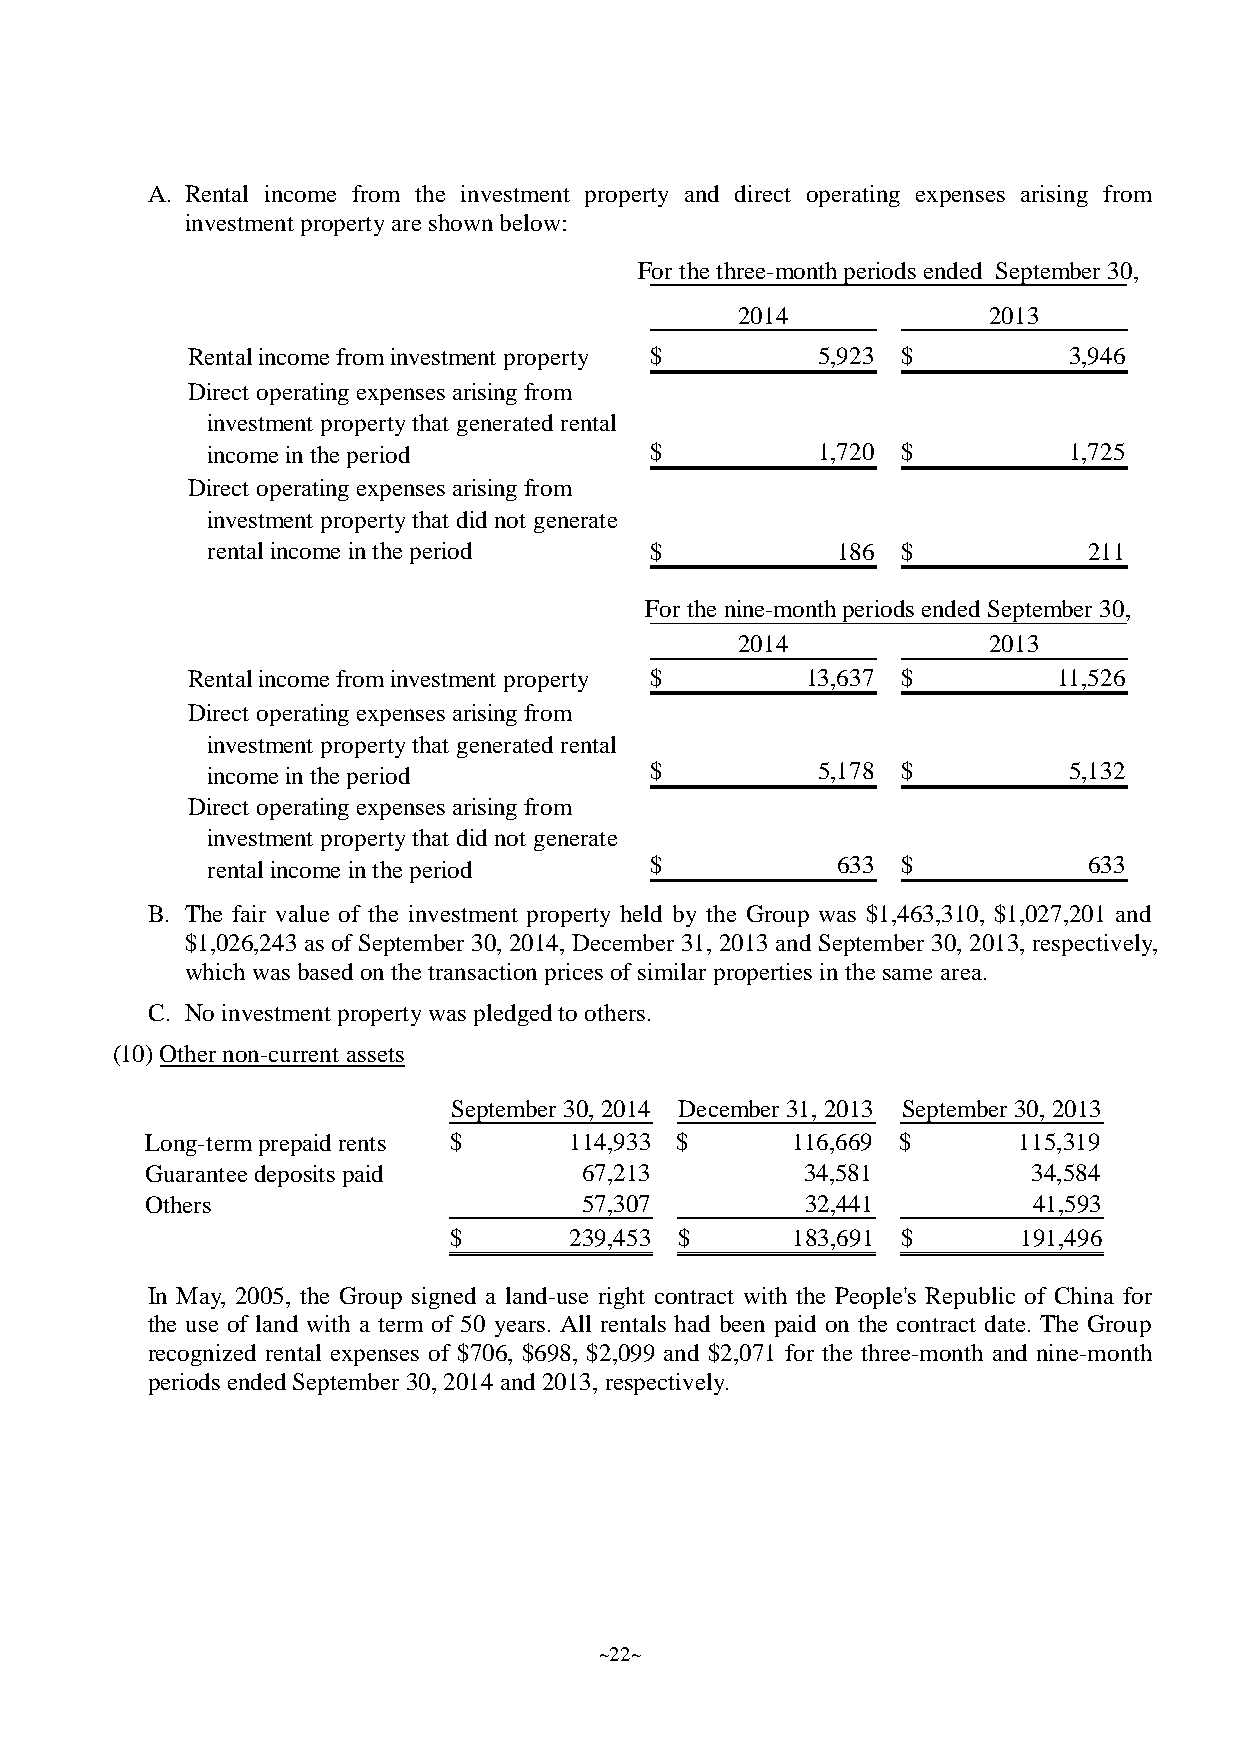
A. Rental income from the investment property and direct operating expenses arising from
 investment propertyareshownbelow:
 For the three-monthperiods ended September 30,
 2014            2013
 Rentalincome frominvestment property $    5,923 $          3,946
 Direct operating expenses arising from
 investment propertythat generated rental
 income inthe period          $          1,720 $          1,725
 Direct operating expenses arising from
 investment propertythat did not generate
 rentalincome inthe period    $           186  $           211
 For the nine-monthperiods ended September 30,
 2014            2013
 Rentalincome frominvestment property $   13,637 $         11,526
 Direct operating expenses arising from
 investment propertythat generated rental
 income inthe period          $          5,178 $          5,132
 Direct operating expenses arising from
 investment propertythat did not generate
 rentalincome inthe period    $           633  $           633
 B. The fair value of the investment property held by the Group was $1,463,310, $1,027,201 and
 $1,026,243 as of September 30, 2014, December 31, 2013 and September 30, 2013, respectively,
 whichwas basedonthetransactionprices ofsimilarproperties inthesame area.
 C. Noinvestment propertywas pledgedtoothers.
 (10)Othernon-current assets
 September 30, 2014 December 31, 2013 September 30, 2013
 Long-termprepaid rents $    114,933 $     116,669 $      115,319
 Guarantee depositspaid       67,213        34,581         34,584
 Others                       57,307        32,441         41,593
 $       239,453 $     183,691 $       191,496
 In May, 2005, the Group signed a land-use right contract with the People's Republic of China for
 the use of land with a term of 50 years. All rentals had been paid on the contract date. The Group
 recognized rental expenses of $706, $698, $2,099 and $2,071 for the three-month and nine-month
 periods endedSeptember 30,2014and2013,respectively.
 ~22~